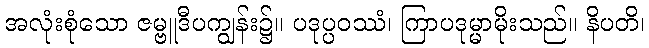
အလုံးစုံသော ဇမ္ဗူဒီပကျွန်း၌။ ပဒုပ္ပဝဿံ၊ ကြာပဒုမ္မာမိုးသည်။ နိပတိ၊